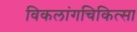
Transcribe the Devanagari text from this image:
विकलांगचिकित्सा